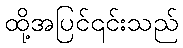
ထို့အပြင်၎င်းသည်